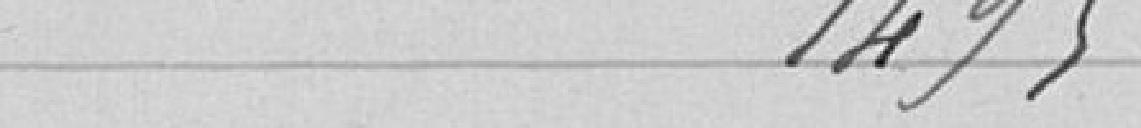
1495